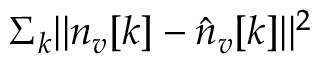
\Sigma _ { k } | | { n } _ { v } [ k ] - \hat { n } _ { v } [ k ] | | ^ { 2 }